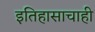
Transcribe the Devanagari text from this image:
इतिहासाचाही